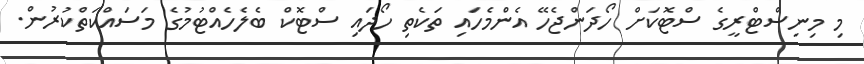
މި މިނިސްޓްރީގެ ސްޓޮކަށް ހޯދަންޖެހޭ އެންމެހައި ތަކެތި ހޯދައި ސްޓޮކް ބެލެހެއްޓުމުގެ މަސައްކަތްކުރުން.